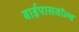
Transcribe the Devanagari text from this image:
बाईपासवॉल्व